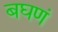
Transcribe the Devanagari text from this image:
बघणं